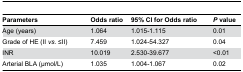
<table><thead><tr><td><b>Parameters</b></td><td><b>Odds ratio</b></td><td><b>95% CI for Odds ratio</b></td><td><b><i>P</i> value</b></td></tr></thead><tbody><tr><td>Age (years)</td><td>1.064</td><td>1.015-1.115</td><td>0.01</td></tr><tr><td>Grade of HE (II <i>vs.</i> ≤II) </td><td>7.459</td><td>1.024-54.327</td><td>0.04</td></tr><tr><td>INR</td><td>10.019</td><td>2.530-39.677</td><td>&lt;0.01</td></tr><tr><td>Arterial BLA (μmol/L)</td><td>1.035</td><td>1.004-1.067</td><td>0.02</td></tr></tbody></table>